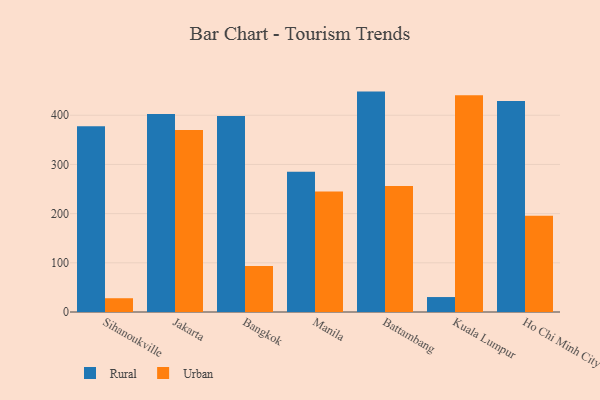
{"axis": {"x": "City", "y": "Budget (USD K)"}, "legend": ["Rural", "Urban"], "data": [{"x": "Sihanoukville", "y": 377.5, "type": "Rural"}, {"x": "Sihanoukville", "y": 28.0, "type": "Urban"}, {"x": "Jakarta", "y": 402.6, "type": "Rural"}, {"x": "Jakarta", "y": 370.2, "type": "Urban"}, {"x": "Bangkok", "y": 398.6, "type": "Rural"}, {"x": "Bangkok", "y": 93.3, "type": "Urban"}, {"x": "Manila", "y": 285.1, "type": "Rural"}, {"x": "Manila", "y": 245.2, "type": "Urban"}, {"x": "Battambang", "y": 448.1, "type": "Rural"}, {"x": "Battambang", "y": 256.3, "type": "Urban"}, {"x": "Kuala Lumpur", "y": 30.4, "type": "Rural"}, {"x": "Kuala Lumpur", "y": 440.9, "type": "Urban"}, {"x": "Ho Chi Minh City", "y": 429.0, "type": "Rural"}, {"x": "Ho Chi Minh City", "y": 195.6, "type": "Urban"}]}